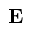
\mathbf { E }